Vaccination Hyderabad 1872-1889 - 1872-1889
Year: 1872
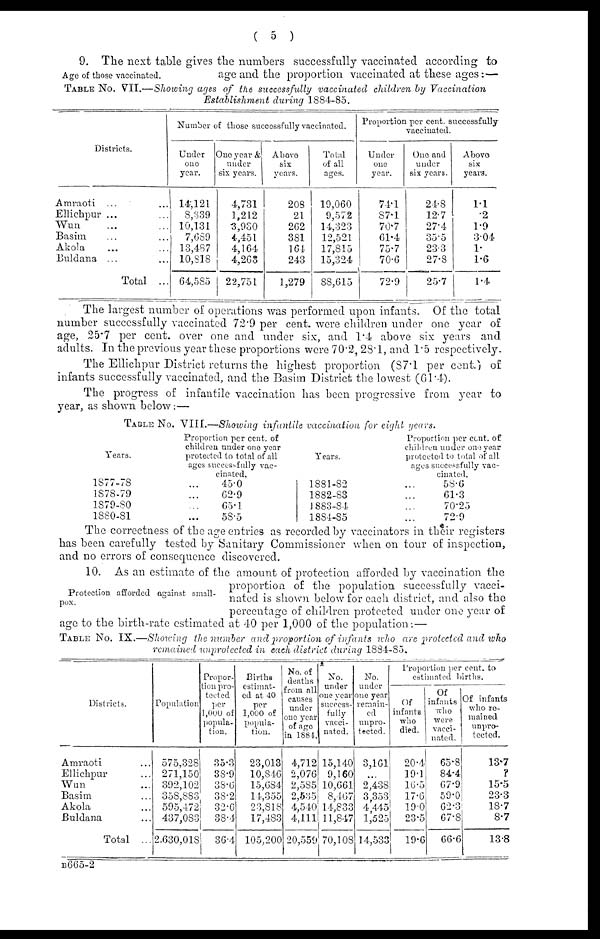
( 5 )
Age of those vaccinated.
9. The next table gives the numbers successfully vaccinated according to
age and the proportion vaccinated at these ages:—
TABLE No. VII.—Showing ages of the successfully vaccinated children by Vaccination
Establishment during 1884-85.
Districts.
Amraoti ... ...
Ellichpur ... ...
Wun ... ...
Basim ... ...
Akola ... ...
Buldana ... ...
Total ...
Number of those successfully vaccinated.
Under
one
year.
14,121
8,339
10,131
7,689
13,487
10,818
64,585
One year &
under
six years.
4,731
1,212
3,930
4,451
4,164
4,263
22,751
Above
six
years.
208
21
262
381
161
243
1,279
Total
of all
ages.
19,060
9,572
14,323
12,521
17,815
15,324
88,615
Proportion per cent. successfully
vaccinated.
Under
one
year.
74.1
87.1
70.7
61.4
75.7
70.6
72.9
One and
under
six years.
24.8
12.7
27.4
35.5
23.3
27.8
25.7
Above
six
years.
1.1
.2
1.9
3.04
1.
1.6
1.4
The largest number of operations was performed upon infants. Of the total
number successfully vaccinated 72.9 per cent. were children under one year of
age, 25.7 per cent. over one and under six, and 1.4 above six years and
adults. In the previous year these proportions were 70.2, 28.1, and 1.5 respectively.
The Ellichpur District returns the highest proportion (87.1 per cent.) of
infants successfully vaccinated, and the Basim District the lowest (61.4).
The progress of infantile vaccination has been progressive from year to
year, as shown below:—
TABLE No. VIII.—Showing infantile vaccination for eight years.
Years.
1877-78 ...
1878-79 ...
1879-80 ...
1880-81 ...
Proportion per cent. of
children under one year
protected to total of all
ages successfully vac-
cinated.
45.0
62.9
65.1
58.5
Years.
1881-82 ...
1882-83 ...
1883-84 ...
1884-85 ...
Proportion per cent. of
children under one year
protected to total of all
ages successfully vac-
cinated.
58.6
61.3
70.25
72.9
The correctness of the age entries as recorded by vaccinators in their registers
has been carefully tested by Sanitary Commissioner when on tour of inspection,
and no errors of consequence discovered.
Protection afforded against small-
pox.
10. As an estimate of the amount of protection afforded by vaccination the
proportion of the population successfully vacci-
nated is shown below for each district, and also the
percentage of children protected under one year of
age to the birth-rate estimated at 40 per 1,000 of the population:—
TABLE No. IX.—Showing the number and proportion of infants who are protected and who
remained unprotected in each district during 1884-85.
Districts.
Amraoti ...
Ellichpur ...
Wun ...
Basim ...
Akola ...
Buldana ...
Total ...
Population
575,328
271,150
392,102
358,883
595,472
437,083
2,630,018
Propor-
tion pro-
tected
per
1,000 of
popula-
tion.
35.3
38.9
38.6
38.2
32.6
38.4
36.4
Births
estimat-
ed at 40
per
1,000 of
popula-
tion.
23,013
10,846
15,684
14,355
23,818
17,483
105,200
No. of
deaths
from all
causes
under
one year
of age
in 1884.
4,712
2,076
2,585
2,535
4,540
4,111
20,559
No.
under
one year
success-
fully
vacci-
nated.
15,140
9,160
10,661
8,467
14,833
11,847
70,108
No.
under
one year
remain-
ed
unpro-
tected.
3,161
...
2,438
3,353
4,445
1,525
14,533
Proportion per cent. to
estimated births.
Of
infants
who
died.
20.4
19.1
16.5
17.6
19.0
23.5
19.6
Of
infants
who
were
vacci-
nated.
65.8
84.4
67.9
59.0
62.3
67.8
66.6
Of infants
who re-
mained
unpro-
tected.
13.7
?
15.5
23.3
18.7
8.7
13.8
B665-2